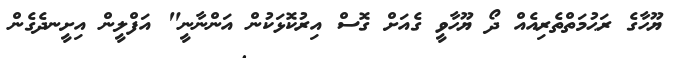
ޔޫހާގެ ރަޙުމަތްތެރިއެއް ދޯ ޔޫހާވީ ގެއަށް ގޮސް އިރުކޮޅަކުން އަންނާނީ" އަފްލީން އިށީނދެގެން